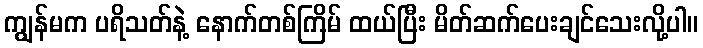
ကျွန်မက ပရိသတ်နဲ့ နောက်တစ်ကြိမ် ထယ်ပြီး မိတ်ဆက်ပေးချင်သေးလို့ပါ။